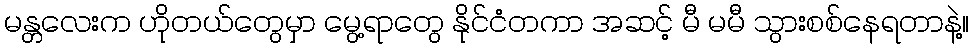
မန္တလေးက ဟိုတယ်တွေမှာ မွေ့ရာတွေ နိုင်ငံတကာ အဆင့် မီ မမီ သွားစစ်နေရတာနဲ့။